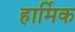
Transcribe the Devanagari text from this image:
हार्मिक